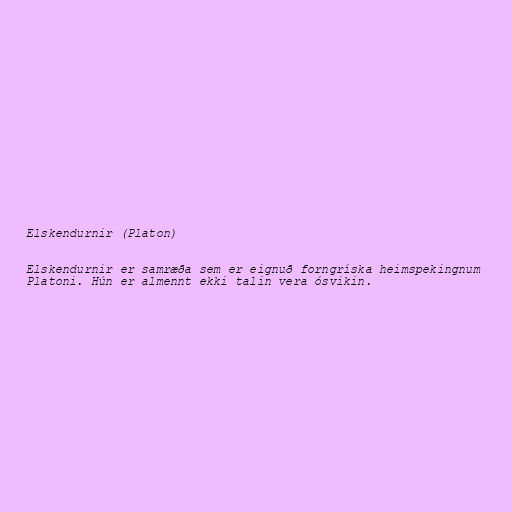
Elskendurnir (Platon)

Elskendurnir er samræða sem er eignuð forngríska heimspekingnum
Platoni. Hún er almennt ekki talin vera ósvikin.